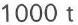
1000 t